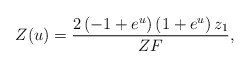
\begin{align*}Z(u) = {{2 \left( -1 + {e^u} \right) \left( 1 + {e^u} \right) { z_1}} \over{ZF}},\end{align*}